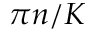
\pi n / K